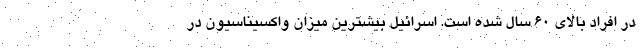
در افراد بالای 60 سال شده است. اسرائیل بیشترین میزان واکسیناسیون در